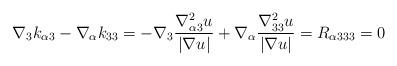
LaTeX: \begin{align*} \nabla_3k_{\alpha 3}-\nabla_\alpha k_{33}=-\nabla_3\frac{\nabla^2_{\alpha 3}u}{|\nabla u|}+\nabla_\alpha\frac{\nabla^2_{33}u}{|\nabla u|}=R_{\alpha 333}=0\end{align*}